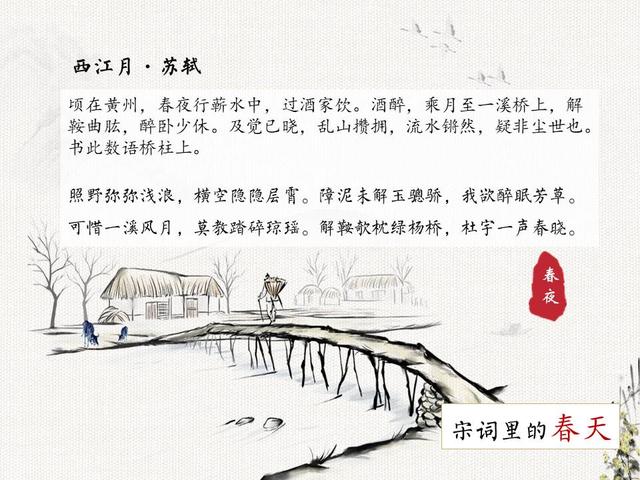
解鞍欹枕绿杨桥，杜宇一声春晓。